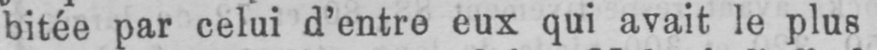
bitée par celui d’entre eux qui avait le plus